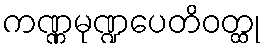
ကဏ္ဏမုဏ္ဍပေတိဝတ္ထု